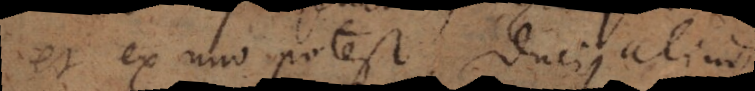
et ex uno potest duci aliud